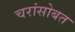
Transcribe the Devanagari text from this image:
चरांसोबत